Tezpur Lunatic Asylum reports 1877-1894 - 1877-1894
Year: 1877
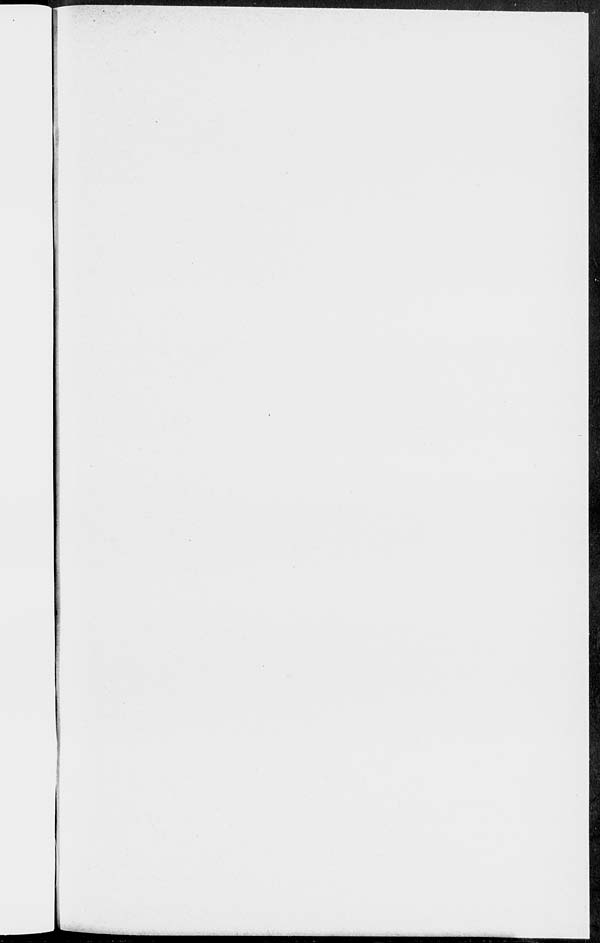
■
«